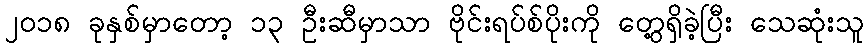
၂၀၁၈ ခုနှစ်မှာတော့ ၁၃ ဦးဆီမှာသာ ဗိုင်းရပ်စ်ပိုးကို တွေ့ရှိခဲ့ပြီး သေဆုံးသူ